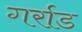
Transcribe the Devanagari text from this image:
गर्राड